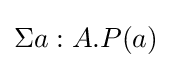
\Sigma a:A.P(a)